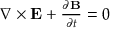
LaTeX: \begin{array} { r } { \nabla \times \mathbf { E } + { \frac { \partial \mathbf { B } } { \partial t } } = 0 } \end{array}